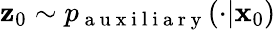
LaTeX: \mathbf{z}_{0}\sim p_{\mathrm{~a~u~x~i~l~i~a~r~y~}}(\cdot|\mathbf{x}_{0})